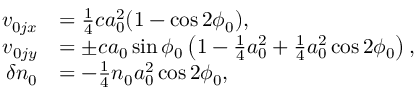
\begin{array} { r l } { v _ { 0 j x } } & { = \frac { 1 } { 4 } c a _ { 0 } ^ { 2 } ( 1 - \cos 2 \phi _ { 0 } ) , } \\ { v _ { 0 j y } } & { = \pm c a _ { 0 } \sin \phi _ { 0 } \left( 1 - \frac { 1 } { 4 } a _ { 0 } ^ { 2 } + \frac { 1 } { 4 } a _ { 0 } ^ { 2 } \cos 2 \phi _ { 0 } \right) , } \\ { \delta n _ { 0 } } & { = - \frac { 1 } { 4 } n _ { 0 } a _ { 0 } ^ { 2 } \cos 2 \phi _ { 0 } , } \end{array}